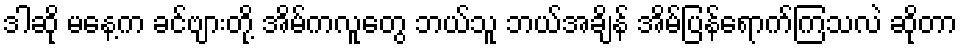
ဒါဆို မနေ့က ခင်ဗျားတို့ အိမ်ကလူတွေ ဘယ်သူ ဘယ်အချိန် အိမ်ပြန်ရောက်ကြသလဲ ဆိုတာ